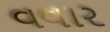
વવાર